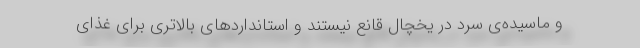
و ماسیده‌ی سرد در یخچال قانع نیستند و استانداردهای بالاتری برای غذای